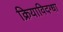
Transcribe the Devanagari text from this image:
क्रियाविदग्धा